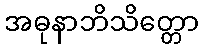
အဓုနာဘိသိတ္တော